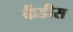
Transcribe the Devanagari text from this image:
कैंडीस